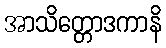
အာသိတ္တောဒကာနိ